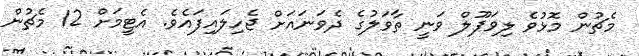
މެޗުން މޮޅުވެ ލިވަޕޫލް ވަނީ ތާވަލުގެ ދެވަނައަށް ޖެހިލައިފައެވެ. އެޓީމަށް 12 މެޗުން